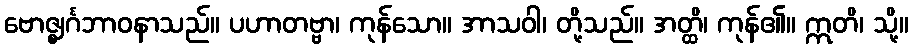
ဗောဇ္ဈင်္ဂဘာဝနာသည်။ ပဟာတဗ္ဗာ၊ ကုန်သော။ အာသဝါ၊ တို့သည်။ အတ္ထိ၊ ကုန်၏။ ဣတိ၊ သို့။